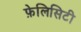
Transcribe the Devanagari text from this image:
फ़ेलिसिटी